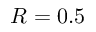
R = 0 . 5